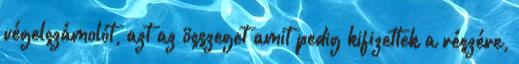
végelszámolót, azt az összeget amit pedig kifizettek a részére,